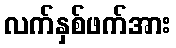
လက်နှစ်ဖက်အား